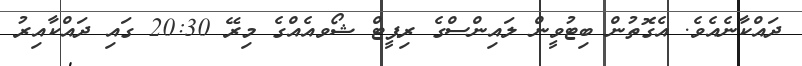
ދައްކާނެއެވެ. އެގޮތުން ބިޓުވީން ލައިންސްގެ ރިޕީޓް ޝޯވއެއްގެ މިރޭ 20:30 ގައި ދައްކާއިރު